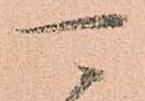
可